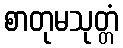
စာတုမသုတ္တံ